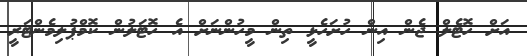
އަށް ހޮޓެލް ޖެން އިން ހުށަހެޅީ ތިން މީހުންނަށް އެ ހޮޓަލުން ކޮމްޕުލިމެންޓަރީ